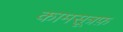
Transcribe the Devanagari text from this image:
कामसूत्रफ़